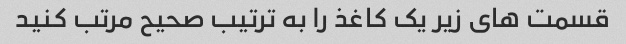
قسمت های زیر یک کاغذ را به ترتیب صحیح مرتب کنید